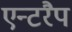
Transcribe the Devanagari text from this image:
एन्टरैप